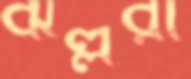
ঝল্লরী